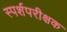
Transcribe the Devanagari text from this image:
स्पर्शपरीक्षक